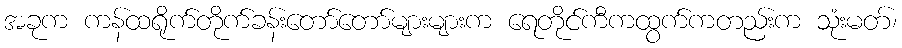
အခုက ကန်ထရိုက်တိုက်ခန်းတော်တော်များများက ရေတိုင်ကီကထွက်ကတည်းက သုံးမတ်၊